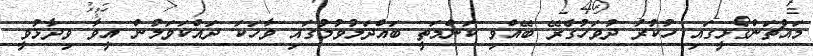
މައްޗަންގޯޅީގައި ހުކުރު ދުވަހުގެރޭ ބޭއްވި ކަންމަތީ ބައްދަލުވުމުގައި ވާހަކަ ދައްކަވަމުން އީވާ ވިދާޅުވީ